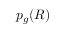
p _ { g } ( R )